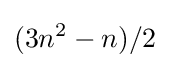
(3n^{2}-n)/2